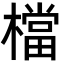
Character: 檔